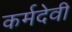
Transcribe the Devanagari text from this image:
कर्मदेवी